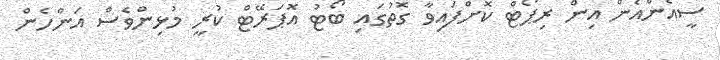
ސީއެންއެން އިން ރިޕޯޓް ކޮށްފައިވާ ގޮތުގައި ބޯޓު އޮޕަރޭޓް ކުރީ މުޅިންވެސް އަންހެން